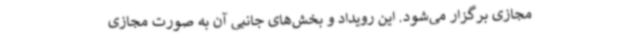
مجازی برگزار می‌شود. این رویداد و بخش‌های جانبی آن به صورت مجازی